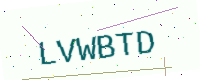
Text: LVWBTD